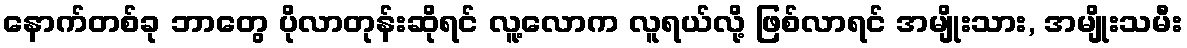
နောက်တစ်ခု ဘာတွေ ပိုလာတုန်းဆိုရင် လူ့လောက လူရယ်လို့ ဖြစ်လာရင် အမျိုးသား, အမျိုးသမီး